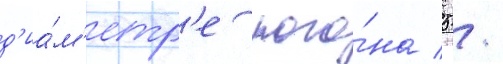
д'иа́м'етр'е пого́на 5 /